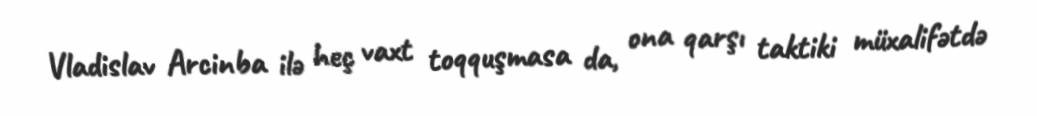
Vladislav Arcinba ilə heç vaxt toqquşmasa da, ona qarşı taktiki müxalifətdə